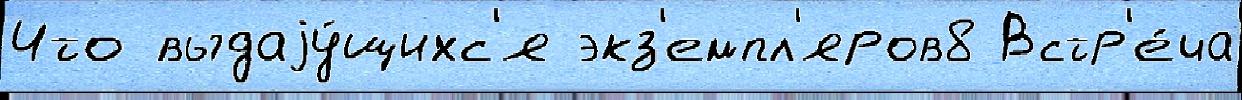
Что выдаjу́щихс'я экз'емпл'яров8 Встр'е́ча